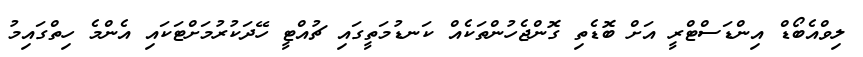
ލިވްއެބޯޑް އިންޑަސްޓްރީ އަށް ބޮޑެތި ގޮންޖެހުންތަކެއް ކަނޑުމަތީގައި ޗުއްޓީ ހޭދަކުރުމަށްޓަކައި އެންމެ ހިތްގައިމު